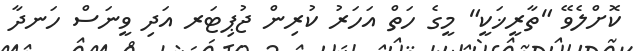
ކޮށްލެވޭ "ތާރީޚަކީ" މީގެ ހަތް އަހަރު ކުރިން ޖުޕިޓަރ އަދި ވީނަސް ހަނދާ